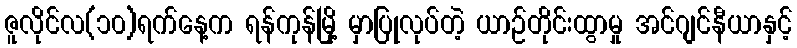
ဇူလိုင်လ(၁၀)ရက်နေ့က ရန်ကုန်မြို့ မှာပြုလုပ်တဲ့ ယာဉ်တိုင်းထွာမှု အင်ဂျင်နီယာနှင့်